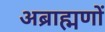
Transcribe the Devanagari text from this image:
अब्राह्मणों